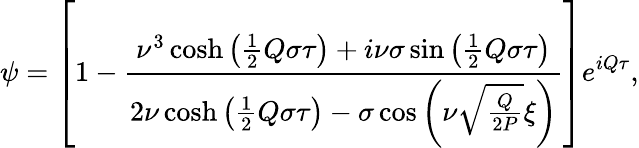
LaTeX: \psi=\left[1-\frac{\nu^{3}\cosh\left(\frac{1}{2}Q\sigma\tau\right)+i\nu\sigma\sin\left(\frac{1}{2}Q\sigma\tau\right)}{2\nu\cosh\left(\frac{1}{2}Q\sigma\tau\right)-\sigma\cos\left(\nu\sqrt{\frac{Q}{2P}}\xi\right)}\right]e^{iQ\tau},